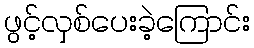
ဖွင့်လှစ်ပေးခဲ့ကြောင်း